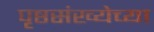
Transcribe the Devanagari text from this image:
पृष्ठसंख्येच्या